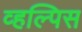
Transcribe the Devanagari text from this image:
व्हल्पिस